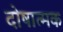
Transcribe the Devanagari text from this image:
दोषात्मक